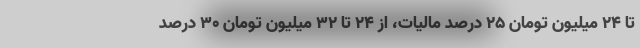
تا ۲۴ میلیون تومان ۲۵ درصد مالیات، از ۲۴ تا ۳۲ میلیون تومان ۳۰ درصد